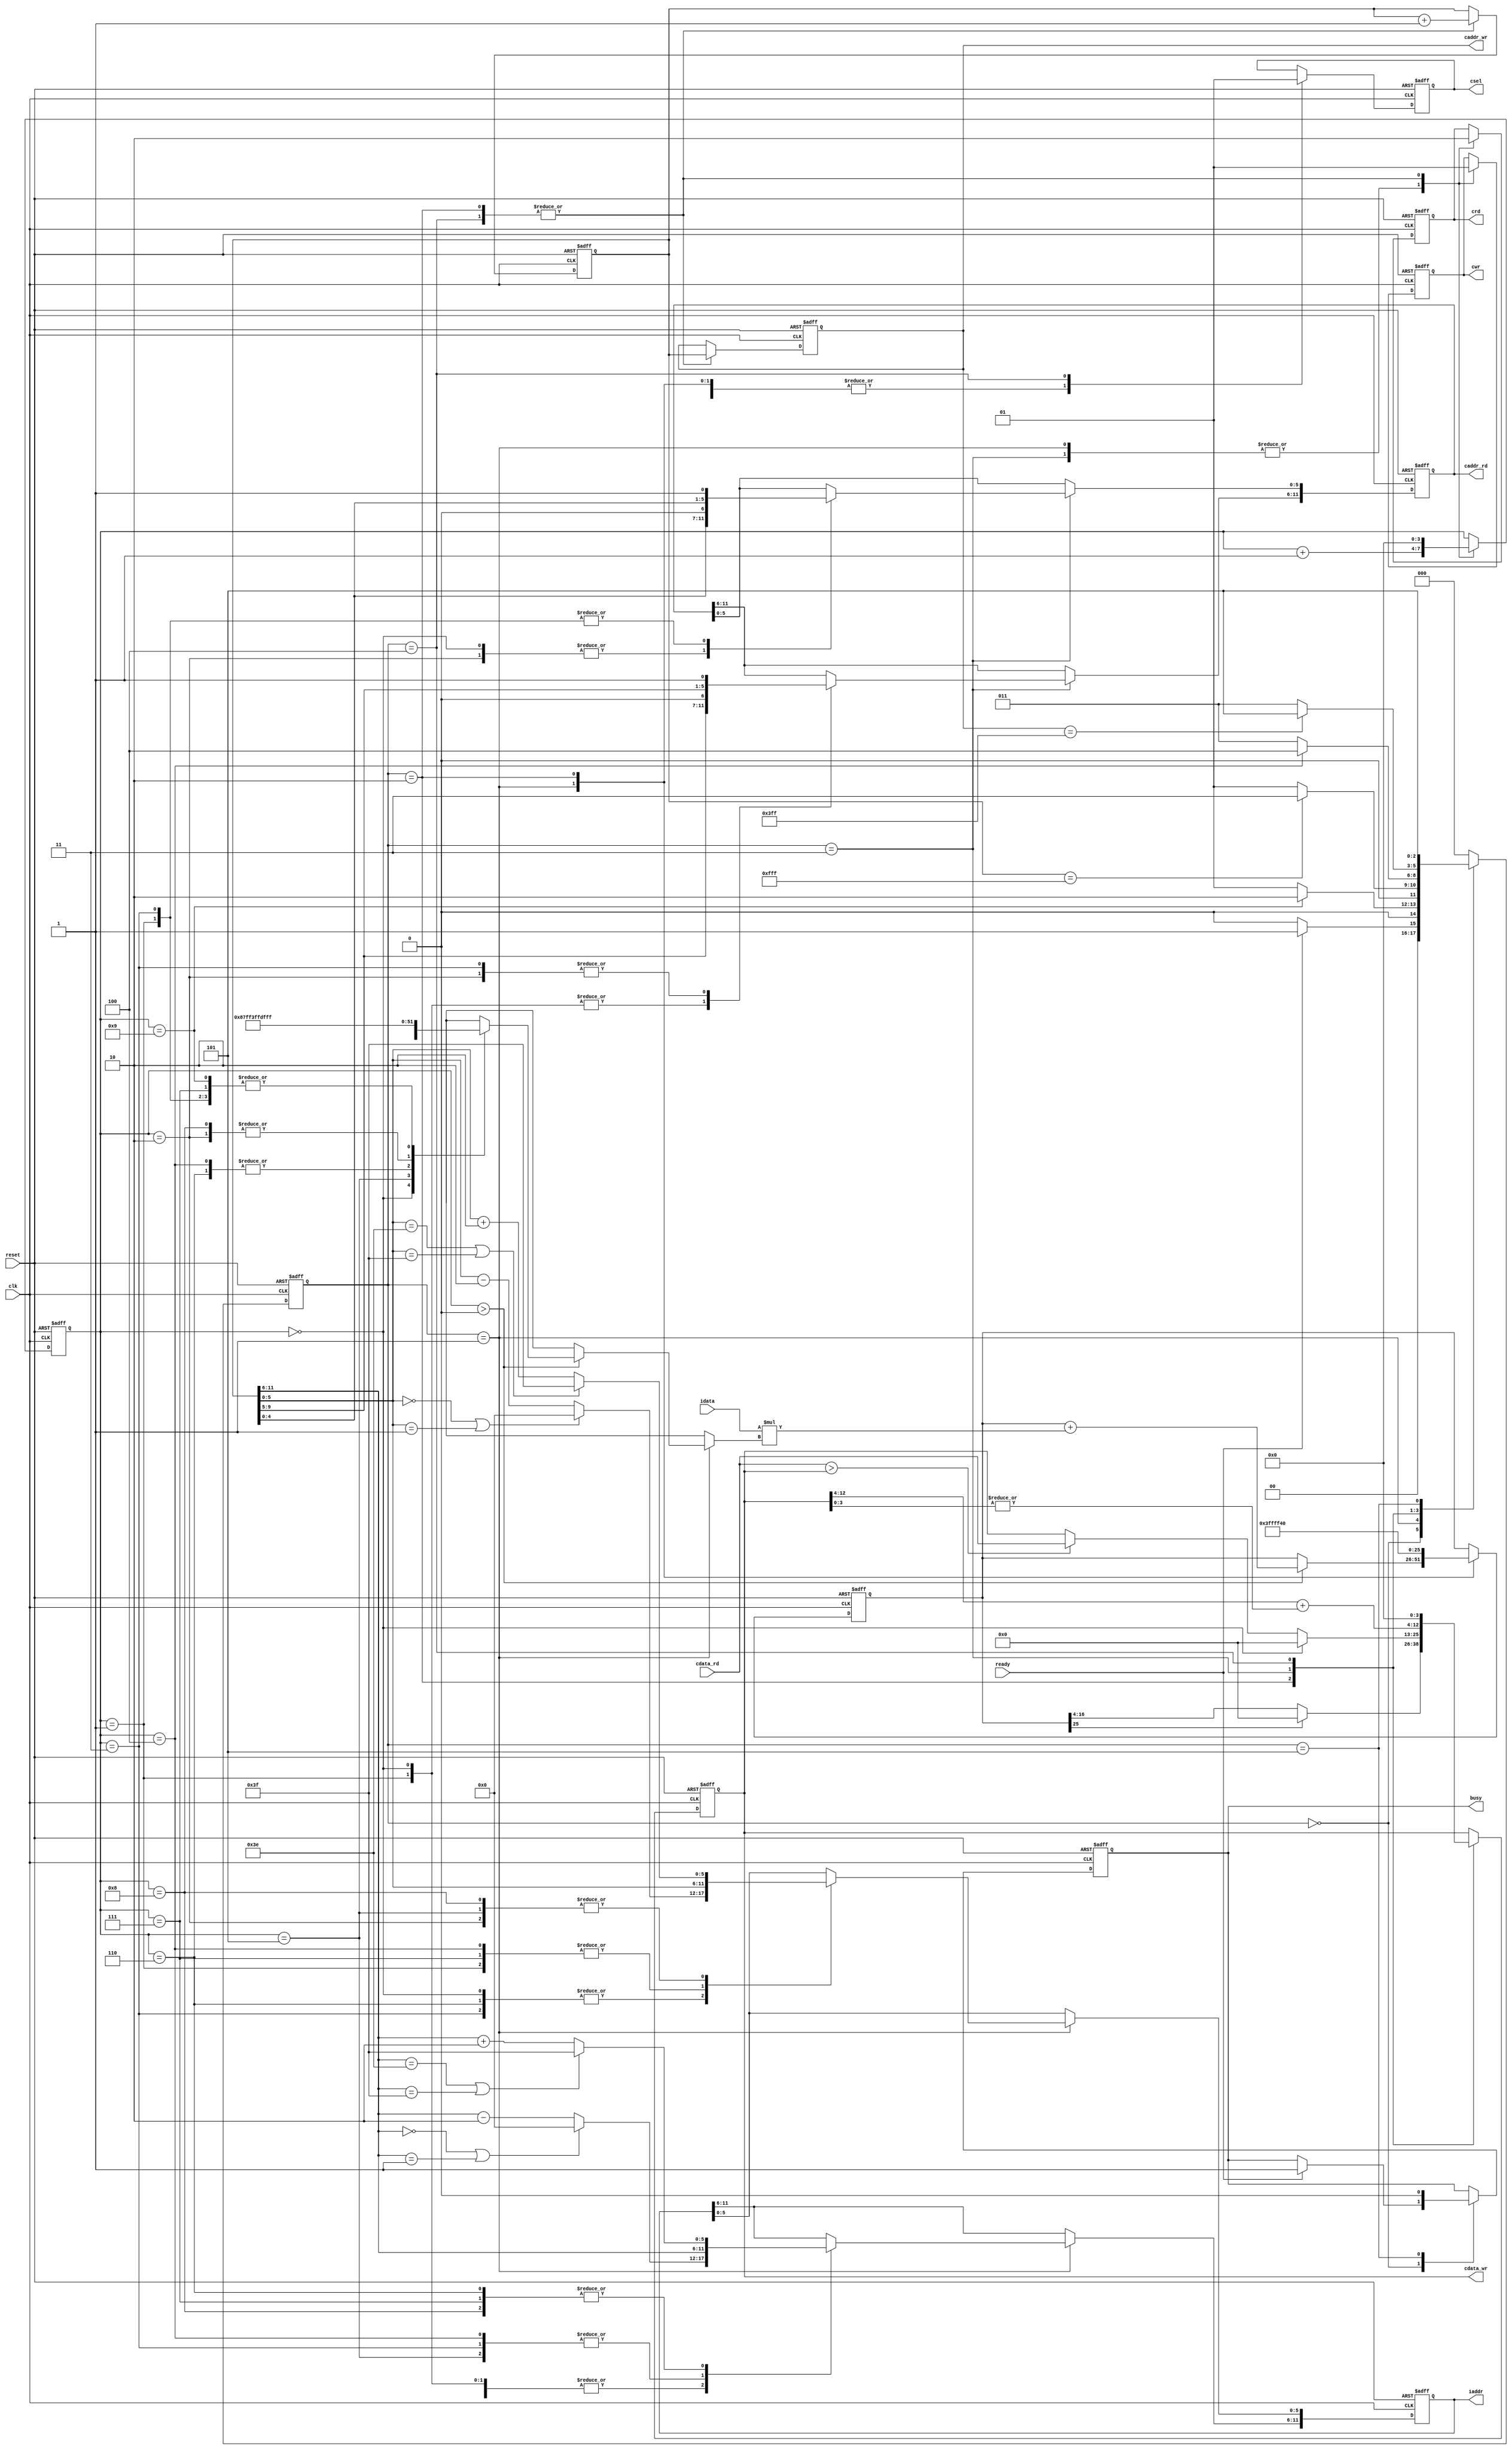
`timescale 1ns/10ps
module  ATCONV(
	input		clk,
	input		reset,
	output	reg	busy,	
	input		ready,	
			
	output reg	[11:0]	iaddr,
	input signed [12:0]	idata,
	
	output	reg 	cwr,
	output  reg	[11:0]	caddr_wr,
	output reg 	[12:0] 	cdata_wr,
	output	reg 	crd,
	output reg	[11:0] 	caddr_rd,
	input 	[12:0] 	cdata_rd,
	output reg 	csel
	);

//state param
localparam INIT = 0;
localparam ATCONV_9PIXELS = 1;
localparam LAYER0_WRITERELU = 2;
localparam MAXPOOL_4PIXELS = 3;
localparam LAYER1_WRITECEILING = 4;
localparam FINISH = 5;

//kernel & bias
wire signed [12:0] kernel [1:9];
assign kernel[1] = 13'h1FFF; assign kernel[2] = 13'h1FFE; assign kernel[3] = 13'h1FFF;
assign kernel[4] = 13'h1FFC; assign kernel[5] = 13'h0010; assign kernel[6] = 13'h1FFC;
assign kernel[7] = 13'h1FFF; assign kernel[8] = 13'h1FFE; assign kernel[9] = 13'h1FFF;
wire signed [12:0] bias;
assign bias = 13'h1FF4;

//regs
reg [2:0] state, nextState;
reg [11:0] center; // Coordinate (row, column) = (center[11:6], center[5:0])
reg [3:0] counter; 
reg signed [25:0] convSum; // {mul_integer(18bits), mul_fraction(8bits)}

//constant param
localparam LENGTH = 6'd63;
localparam ZERO = 6'd0; 

//wire constants
wire [5:0] cx_add2,cx_minus2,cy_add2,cy_minus2;
assign cy_add2 = center[11:6] + 6'd2;
assign cy_minus2 = center[11:6] - 6'd2;
assign cx_add2 = center[5:0] + 6'd2 ;
assign cx_minus2 = center[5:0] - 6'd2;

//state ctrl
always @(posedge clk or posedge reset) begin
	if(reset) state <= INIT;
	else state <= nextState;
end

//next state logic
always @(*) begin
	case (state)
		INIT: nextState = (ready)? ATCONV_9PIXELS : INIT;
		ATCONV_9PIXELS: nextState = (counter == 4'd9)? LAYER0_WRITERELU : ATCONV_9PIXELS;
		LAYER0_WRITERELU: nextState = (center == 12'd4095)? MAXPOOL_4PIXELS : ATCONV_9PIXELS;
		MAXPOOL_4PIXELS: nextState = (counter == 4'd4)? LAYER1_WRITECEILING : MAXPOOL_4PIXELS;
		LAYER1_WRITECEILING: nextState = (caddr_wr == 12'd1023)? FINISH : MAXPOOL_4PIXELS; 
		FINISH: nextState = FINISH;
		default: nextState = INIT;
	endcase
end

//main sequential circuit
always @(posedge clk or posedge reset) begin
	if (reset) begin
		busy <= 1'd0;
		iaddr <= 12'd0;
		cwr <= 1'd0;
		caddr_wr <= 12'd0;
		cdata_wr <= 13'd0;
		crd <= 1'd1;
		caddr_rd <= 12'd0;
		csel <= 1'd0;

		center <= {6'd0 , 6'd0};
		counter <= 4'd0;
		convSum <= {{9{1'b1}}, bias, 4'd0}; // Sign extension
	end
	else begin
		case (state)
			INIT:begin
				if (ready) begin
					busy <= 1'd1;
				end
			end

			ATCONV_9PIXELS:begin
				csel <= 1'd0;
				crd <= 1'd1;
				cwr <= 1'd0;

				// use the pixel get and conv with corresponding kernel ( counter==0 means no pixel get yet )
				if(counter > 4'd0) begin
					convSum <= convSum + idata*kernel[counter];
				end
				counter <= counter + 4'd1;

				// request the next corresponding pixel for Atrous convolution
				case (counter) // -> for y axis	(row)
					0,1,2: iaddr[11:6] <= ((center[11:6] == 6'd0) || (center[11:6] == 6'd1))? ZERO : cy_minus2;			    // (0,0) , (0,1) , (0,2)
					3,4,5: iaddr[11:6] <= center[11:6];									                                    // (1,0) , (1,1) , (1,2)
					6,7,8: iaddr[11:6] <= ((center[11:6] == LENGTH - 6'd1) || (center[11:6] == LENGTH))? LENGTH : cy_add2;	// (2,0) , (2,1) , (2,2)
				endcase

				case (counter) // -> for x axis	(column)									
					0,3,6: iaddr[5:0] <= ((center[5:0] == 6'd0) || (center[5:0] == 6'd1))? ZERO : cx_minus2;				// (0,0) , (1,0) , (2,0)
					1,4,7: iaddr[5:0] <= center[5:0];									                                    // (0,1) , (1,1) , (2,1)
					2,5,8: iaddr[5:0] <= ((center[5:0] == LENGTH - 6'd1) || (center[5:0] == LENGTH))? LENGTH : cx_add2;		// (0,2) , (1,2) , (2,2)
				endcase
			end

			LAYER0_WRITERELU: begin
				csel <= 1'd0;
				crd <= 1'd0;
				cwr <= 1'd1;
				caddr_wr <= center;
				cdata_wr <= (convSum[25])? 13'd0 : convSum[16:4]; // ReLU
				// init the convSum and center --> kernel move to the next center and ready for atrous convolution
				convSum <= {{9{1'b1}}, bias, 4'd0};
				center <= center + 12'd1;
				counter <= 4'd0;
			end

			MAXPOOL_4PIXELS: begin
				csel <= 1'd0;
				crd <= 1'd1;
				cwr <= 1'd0;

				// counter==0 means this cycle would send request for 1st pixel value, else comparison starts
				if (counter==0) begin
					cdata_wr <= 13'd0;
				end
				else if (cdata_rd > cdata_wr) begin 
					cdata_wr <= cdata_rd;
				end
				counter <= counter + 4'd1;

				// request the corresponding address' pixel value 
				case(counter) // -> for y axis	(row)
					0,1: caddr_rd[11:6] <= {center[9:5], 1'd0};
					2,3: caddr_rd[11:6] <= {center[9:5], 1'd1};
				endcase

				case(counter) // -> for x axis	(column)
					0,2: caddr_rd[5:0] <= {center[4:0], 1'd0};
					1,3: caddr_rd[5:0] <= {center[4:0], 1'd1};
				endcase
			end

			LAYER1_WRITECEILING: begin
				csel <= 1'd1;
				crd <= 1'd0;
				cwr <= 1'd1;
				caddr_wr <= center;
				cdata_wr <= { cdata_wr[12:4] + {8'd0,|cdata_wr[3:0]} , 4'd0 }; // Round up
				// init for next center -> kernel move to the next center
				center <= center + 12'd1; 
				counter <= 4'd0;
			end

			FINISH: begin
				busy <= 1'd0;
			end

		endcase
	end
end

endmodule